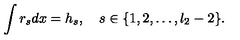
\int r _ { s } d x = h _ { s } , \quad s \in \{ 1 , 2 , \ldots , l _ { 2 } - 2 \} .